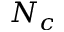
N _ { c }